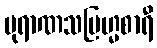
ပုရာဏသဗြဟ္မစာရီ